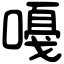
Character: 嘠